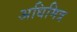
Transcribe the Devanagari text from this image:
अधिमित्र